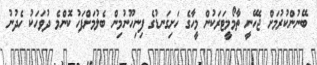
ބޭނުންކުރުމަށް ޖެހޭނީ ތާމޯމީޓަރަކުން މީހާގެ ހަށިގަނޑުގެ ފިނިހޫނުމިން ބެލުމަށްފަހު ކޮންމެ ދުވަހަކު ހެދުނު